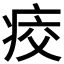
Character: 𤶀